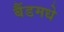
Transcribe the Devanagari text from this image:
बैंडमधे